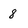
Character: 8